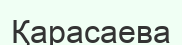
Қарасаева